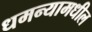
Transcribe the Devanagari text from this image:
धमन्यामधील